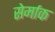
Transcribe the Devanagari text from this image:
सेर्माक